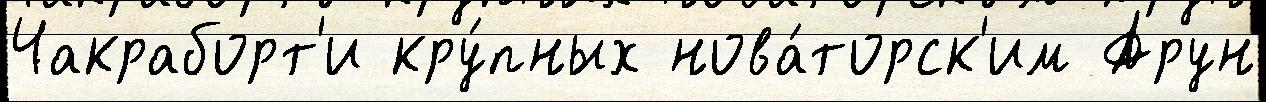
Чакраборт'и кру́пных нова́торск'им Арун